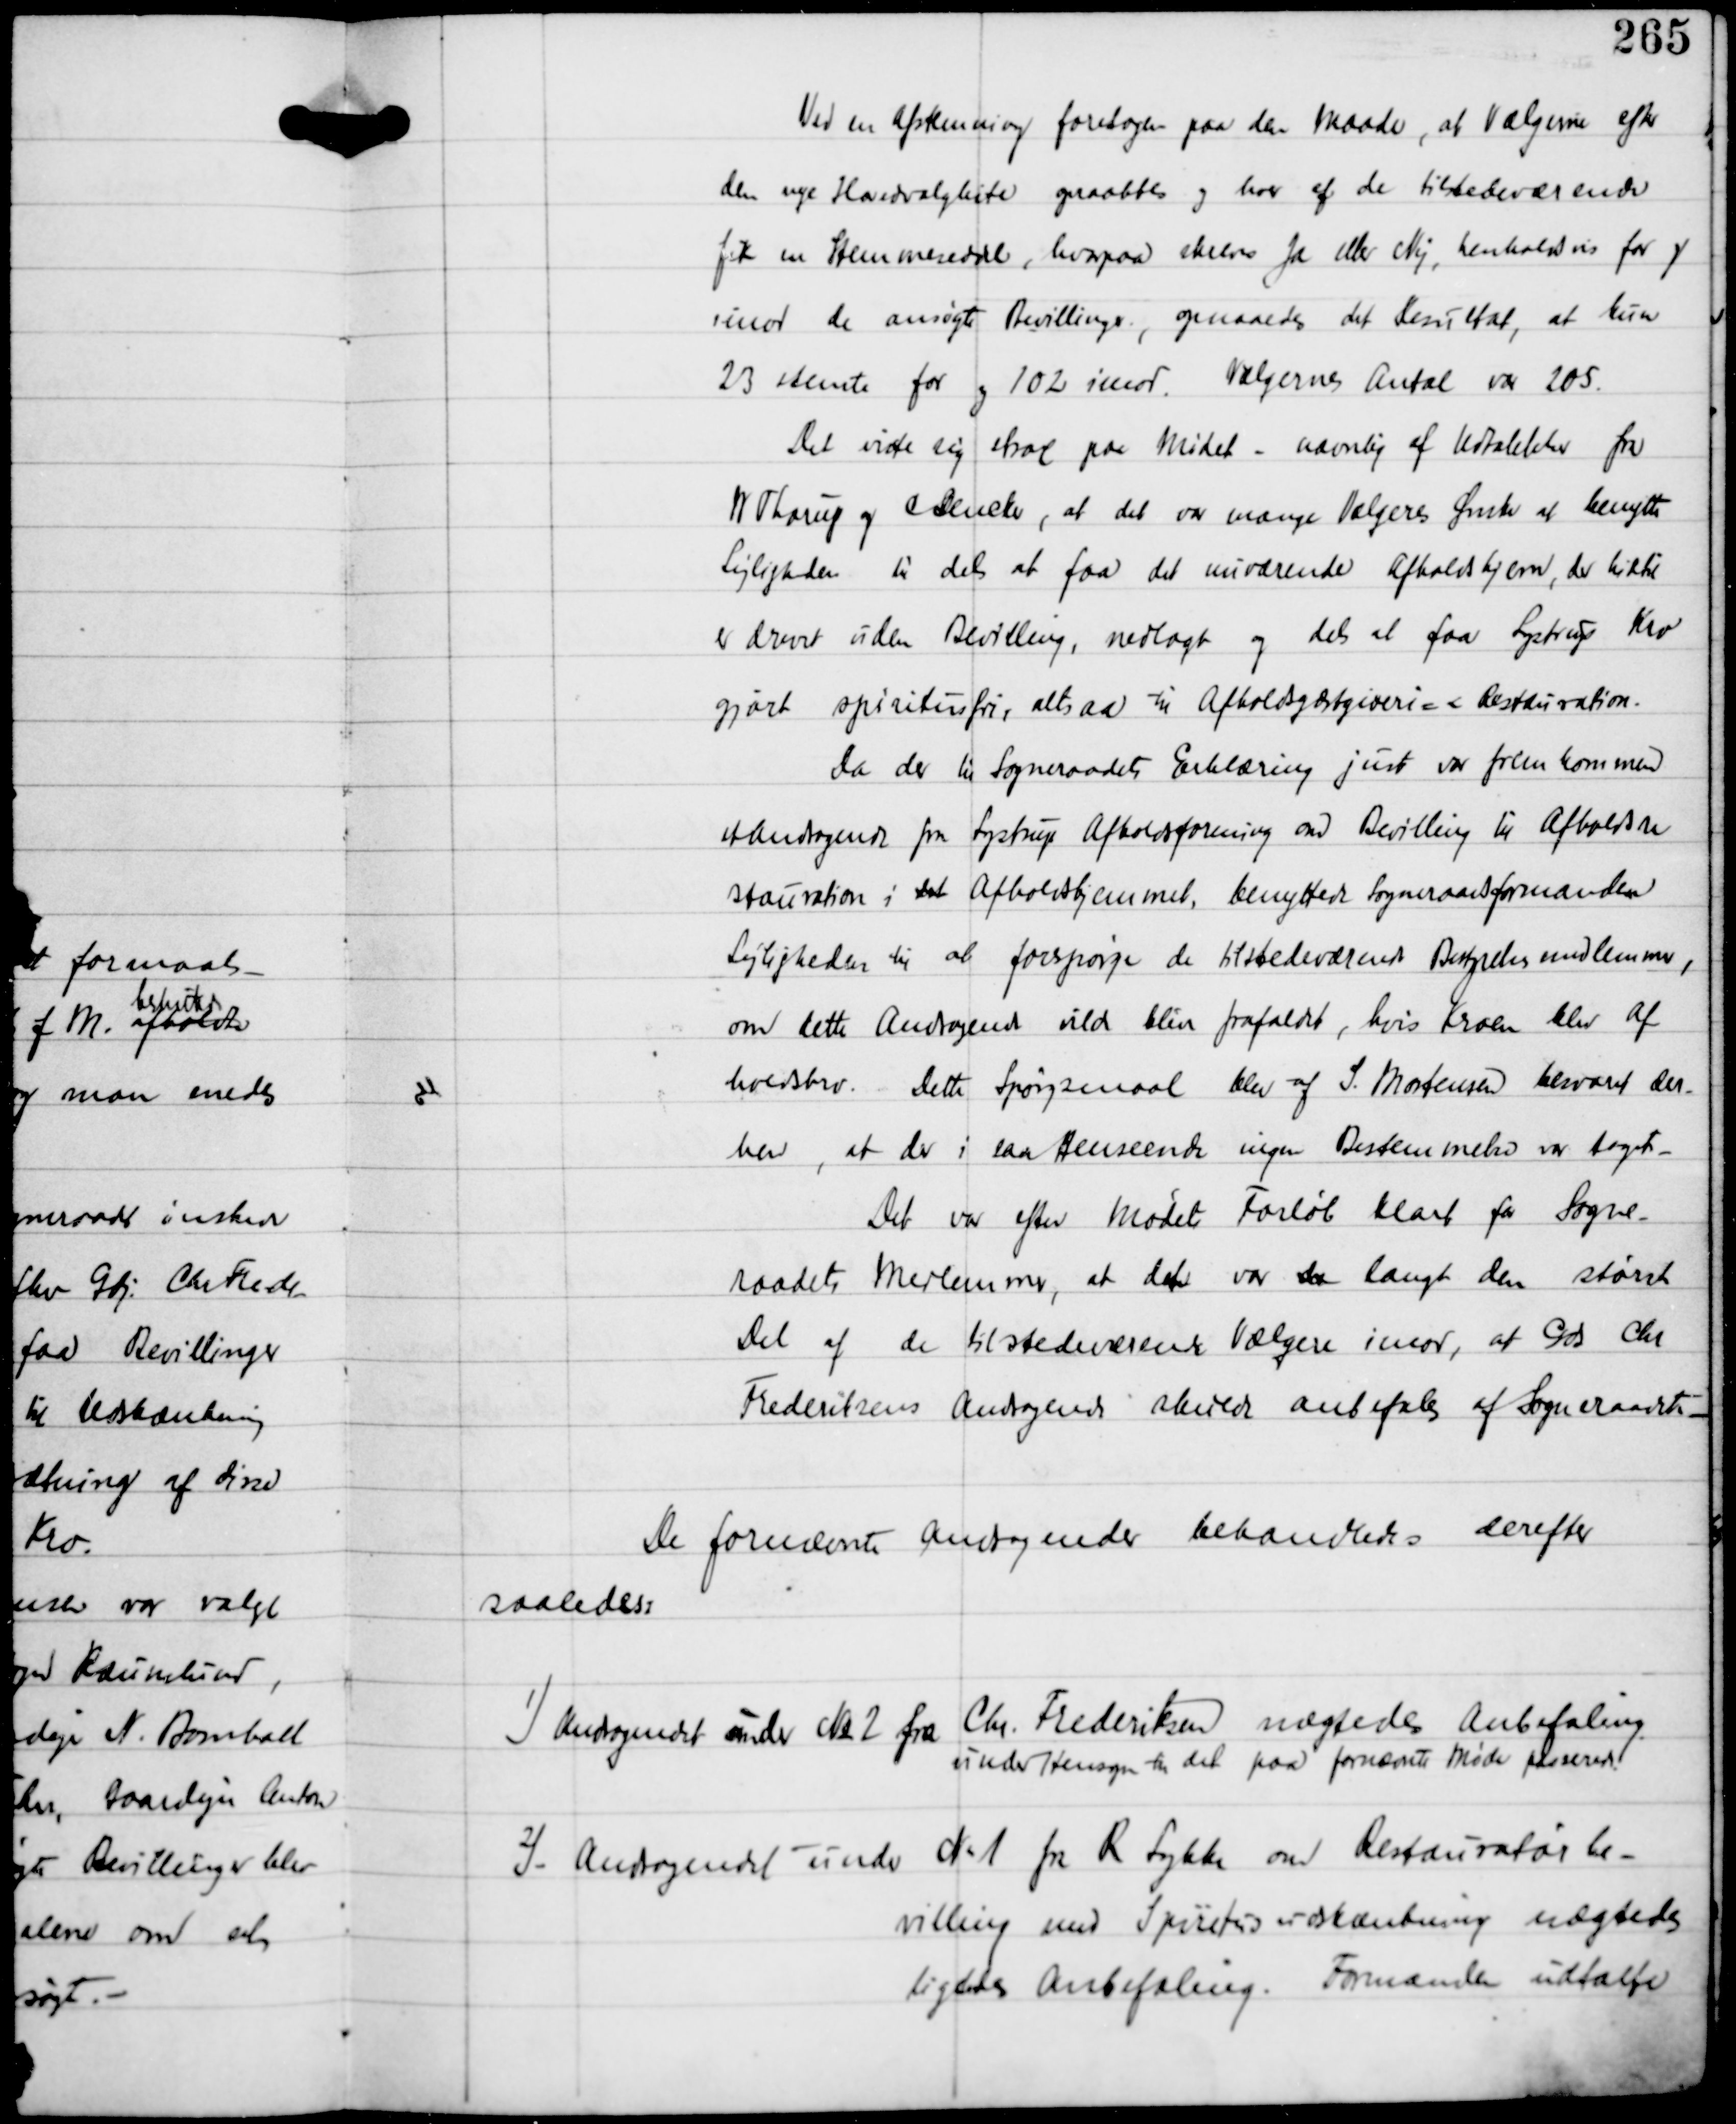
Transskription:
Ved en Afstemning foretagen paa den Maade, at Vælgerne efter
den nye Hovedvalglister opraabtes og hver af de tilstedeværende
fik en Stemmeseddel, hvorpaa skreves Ja eller Nej, henholdsvis for og
imod de ansøgte Bevillinger, opnaaedes det Resultat, at kun
23 stemte for og 102 imod. Vælgernes Antal var 205.
Det viste sig strax paa Mødet - navnlig af Udtalelser fra
W Thorup og A Dencker, at det var mange Vælgeres Ønske at benytte
Lejligheden til dels at faa det nuværende Afholdshjem, der hidtil
er drevet uden Bevilling, nedtaget og dels at faa Lystrup Kro
gjort Spiritusfri, altsaa til Afholdsgæstgiveri - Restauration.
Da der til Sogneraadets Erklæring just var fremkommen
et Andragende fra Lystrup Afholdsforening om Bevilling til Afholdre-
staurationen i det Afholdshjemmet, benyttede Sogneraadsformanden
Lejligheden til at forespørge de tilstedeværende Bestyrelsesmedlemmer,
om dette Andragende vilde blive frafaldet, hvis Kroen blev Af-
holdskro. Dette Spørgsmaal blev af S. Mortensen besvaret der-
hen, at der i saa Henseende ingen Bestemmelse var taget. -
Det var efter Mødets Forløb klart for Sogne-
raadets Medlemmer, at det var der langt den største
Del af de tilstedeværende Vælgere imod, at Gdr Chr
Frederiksens Andragende skulde anbefales af Sogneraadet. -

De fornævnte Andragender behandledes derefter
saaledes:

1) Andragendet under No 2 fra Chr Frederiksen nægtedes Anbefaling
under Hensyn til det paa fornævnte Møde paaskrevet

2) Andragende under No 1 fra R Lykke om Restauratørbe-
villing med Spiritusudskænkning nægtedes
ligeledes Anbefaling. Formanden udtalte